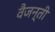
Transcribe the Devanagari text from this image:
वैजन्ती